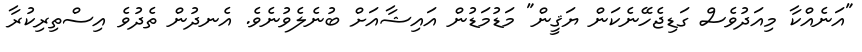
"އަނެއްކާ މިއަދުވެސް ގަޑިޖެހޭނެކަން ޔަޤީން" މަޑުމަޑުން އައިޝާއަށް ބުނެލެވުނެވެ. އެނދުން ތެދުވެ އިސްތިރިކުރާ